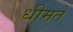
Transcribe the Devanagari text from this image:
धीमते